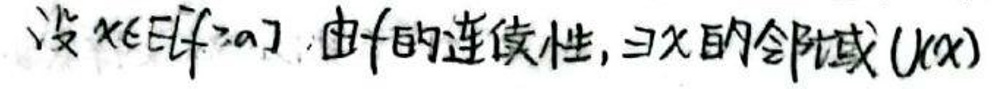
设 \( x \in [a, b] \)，由 \( f \) 的连续性，\( \exists x \) 的邻域 \( U(x) \)